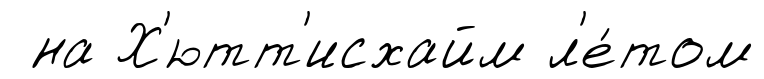
на Х'ютт'исхайм л'е́том